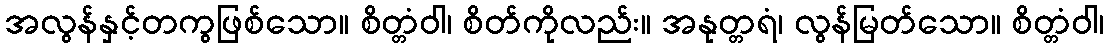
အလွန်နှင့်တကွဖြစ်သော။ စိတ္တံဝါ၊ စိတ်ကိုလည်း။ အနုတ္တရံ၊ လွန်မြတ်သော။ စိတ္တံဝါ၊